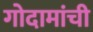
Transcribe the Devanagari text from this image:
गोदामांची